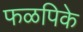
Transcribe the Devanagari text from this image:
फळपिके